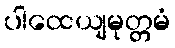
ပါထေယျမုတ္တမံ